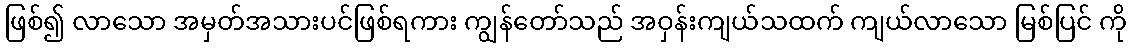
ဖြစ်၍ လာသော အမှတ်အသားပင်ဖြစ်ရကား ကျွန်တော်သည် အဝှန်းကျယ်သထက် ကျယ်လာသော မြစ်ပြင် ကို